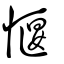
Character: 愝